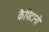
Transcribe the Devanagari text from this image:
कैपिटानो